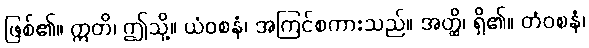
ဖြစ်၏။ ဣတိ၊ ဤသို့။ ယံဝစနံ၊ အကြင်စကားသည်။ အတ္ထိ၊ ရှိ၏။ တံဝစနံ၊